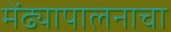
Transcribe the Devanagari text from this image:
मेंढ्यापालनाचा